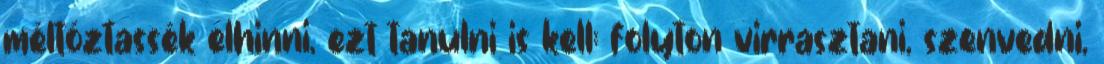
méltóztassék elhinni, ezt tanulni is kell: folyton virrasztani, szenvedni,